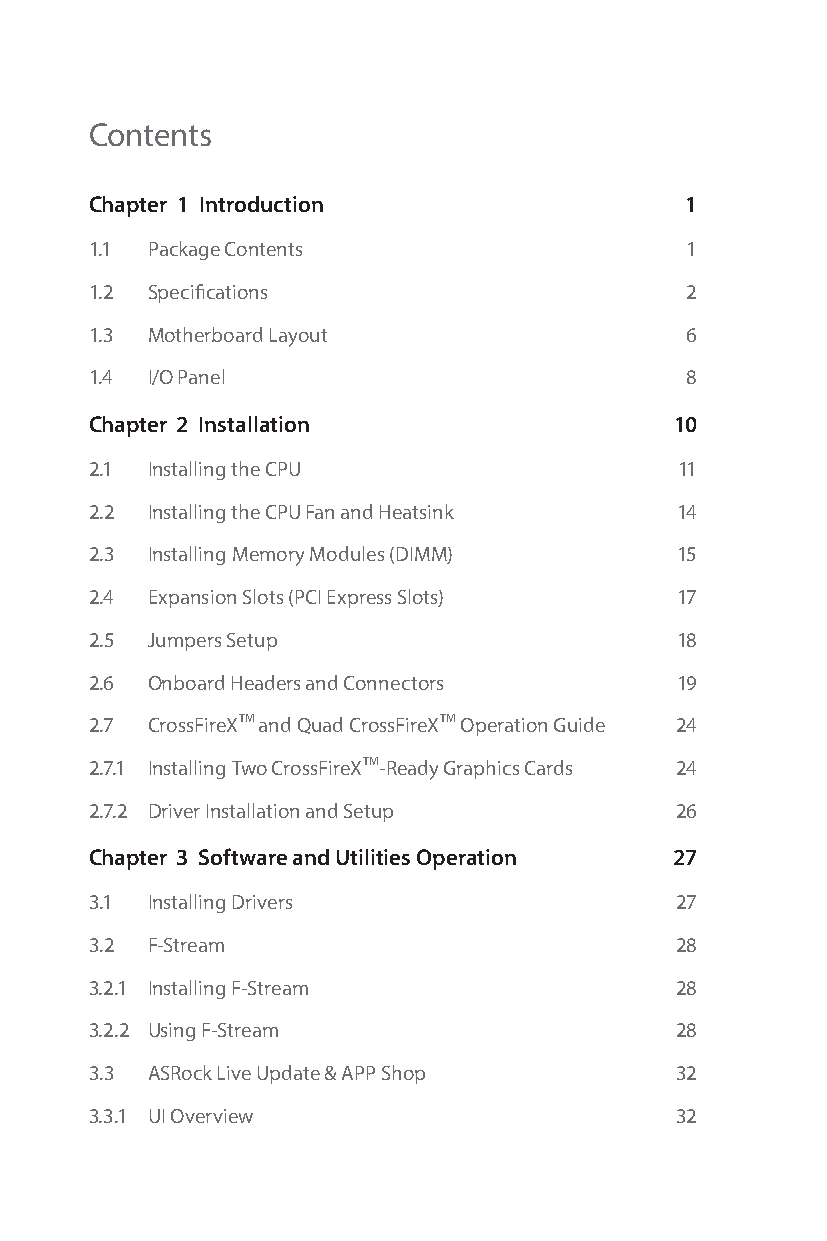
Contents
 Chapter 1 Introduction                 1
 1.1 Package Contents                   1
 1.2 Specifications                     2
 1.3 Motherboard Layout                 6
 1.4 I/O Panel                          8
 Chapter 2 Installation                 10
 2.1 Installing the CPU                 11
 2.2 Installing the CPU Fan and Heatsink 14
 2.3 Installing Memory Modules (DIMM)   15
 2.4 Expansion Slots (PCI Express Slots) 17
 2.5 Jumpers Setup                      18
 2.6 Onboard Headers and Connectors     19
 2.7 CrossFireXTM and Quad CrossFireXTM Operation Guide 24
 2.7.1 Installing Two CrossFireXTM-Ready Graphics Cards 24
 2.7.2 Driver Installation and Setup    26
 Chapter 3 Software and Utilities Operation 27
 3.1 Installing Drivers                 27
 3.2 F-Stream                           28
 3.2.1 Installing F-Stream              28
 3.2.2 Using F-Stream                   28
 3.3 ASRock Live Update & APP Shop      32
 3.3.1 UI Overview                      32